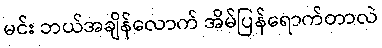
မင်း ဘယ်အချိန်လောက် အိမ်ပြန်ရောက်တာလဲ